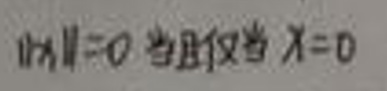
$\| x \| = 0 $当且仅当$ x = 0$